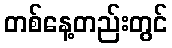
တစ်နေ့တည်းတွင်